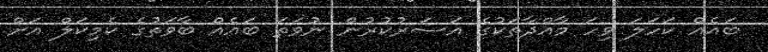
ބައެއް ކަހަލަ ވިހަ މާއްދާތަކުގެ އަސަރުކުރުން ނުވަތަ ބައެއް ބާވަތުގެ ކެމިކަލް އަށް